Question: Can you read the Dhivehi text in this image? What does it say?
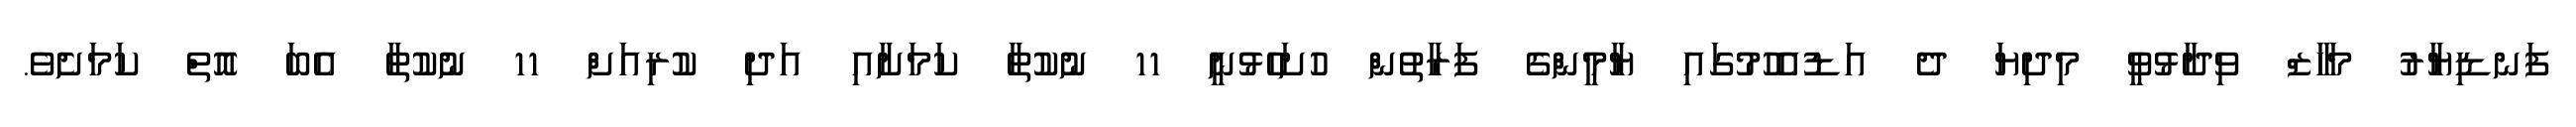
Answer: ފަނޑިޔާރު މަހާޒް ވިދާޅުވީ މިދިޔަ ދެ އަޑުއެހުމުގައި ޔާމީންގެ ފަރާތުން ހުށަހެޅުނީ 11 ނުކުތާ ކަމަށާއި އަދި ކުރިއަށް 11 ނުކުތާ އެބަ އޮތް ކަމަށެވެ.